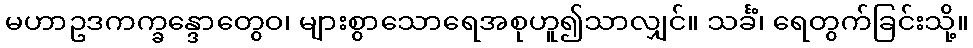
မဟာဥဒကက္ခန္ဒောတွေဝ၊ များစွာသောရေအစုဟူ၍သာလျှင်။ သင်္ခံ၊ ရေတွက်ခြင်းသို့။